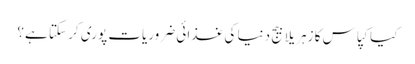
کیا کپاس کا زہریلا بیج دنیا کی غذائی ضروریات پوری کر سکتا ہے؟